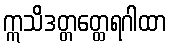
ဣသိဒတ္တတ္ထေရဂါထာ